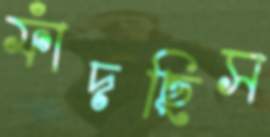
ফাঁদছিস